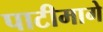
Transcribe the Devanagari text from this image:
पाटीमागे